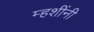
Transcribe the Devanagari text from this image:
म्हशींनी